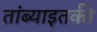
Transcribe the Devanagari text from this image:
तांब्याइतकी